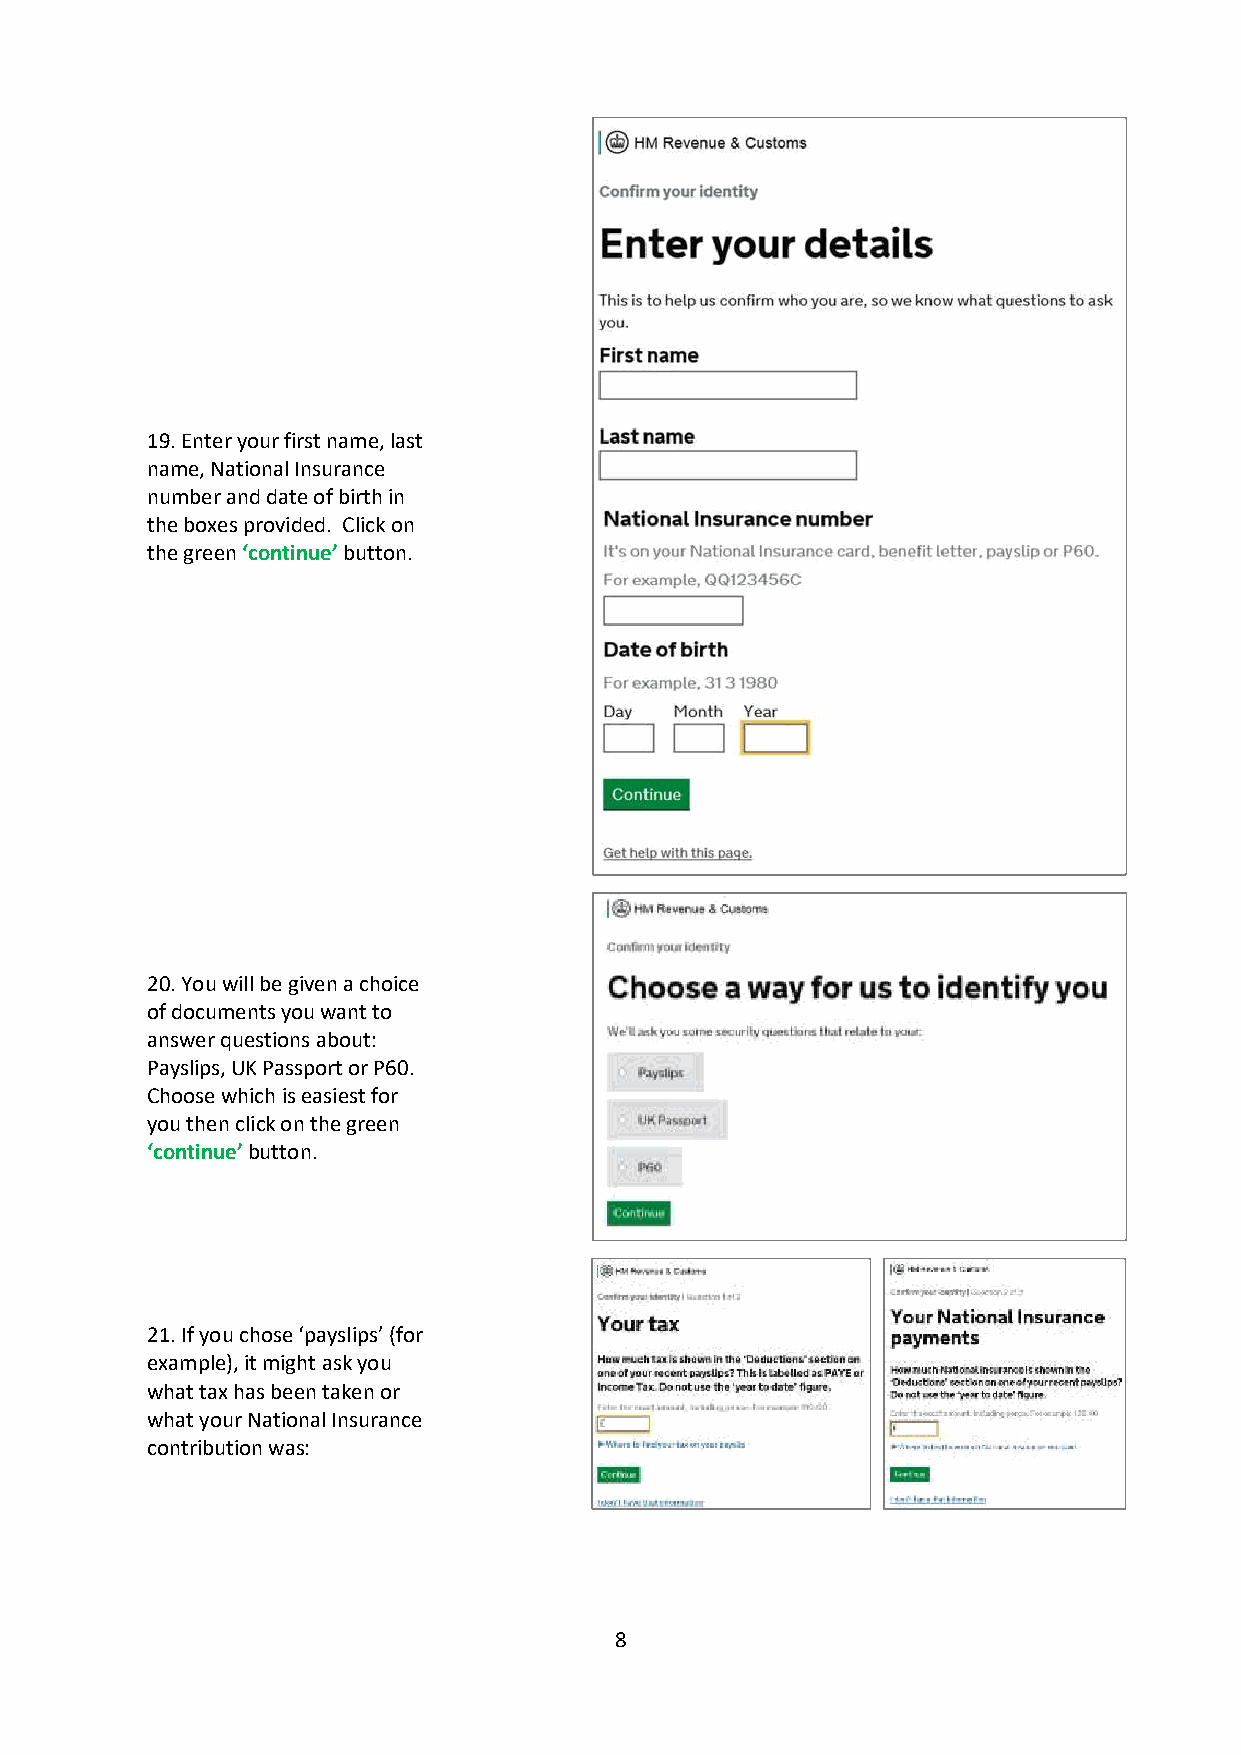
19. Enter your first name, last
 name, National Insurance
 number and date of birth in
 the boxes provided. Click on
 the green ‘continue’ button.
 20. You will be given a choice
 of documents you want to
 answer questions about:
 Payslips, UK Passport or P60.
 Choose which is easiest for
 you then click on the green
 ‘continue’ button.
 21. If you chose ‘payslips’ (for
 example), it might ask you
 what tax has been taken or
 what your National Insurance
 contribution was:
 8